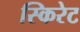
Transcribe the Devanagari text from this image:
स्किरेट